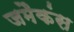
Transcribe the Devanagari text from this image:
जमैकंस